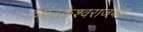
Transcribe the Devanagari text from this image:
त्र्यंबकेश्वराजवळ